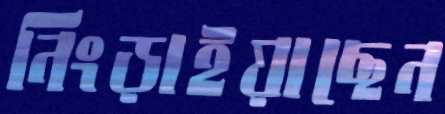
নিংড়াইয়াছেন